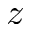
z